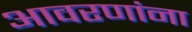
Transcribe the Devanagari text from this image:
आवरणांना